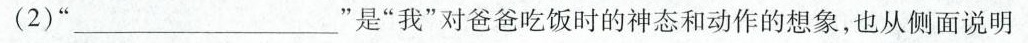
(2)”___”是”我”对爸爸吃饭时的神态和动作的想象，也从侧面说明